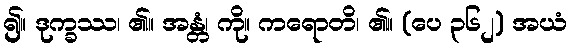
၍။ ဒုက္ခဿ၊ ၏။ အန္တံ၊ ကို။ ကရောတိ၊ ၏။ (ပေ ၃၆၂) အယံ